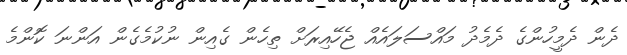
ދެން ދެމީހުންގެ ދެމެދު މައްސަލައެއް ޖެހޭއިރަށް ތިހެން ގެއިން ނުކުމެގެން އަންނަ ކޮންމެ